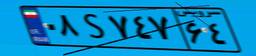
۶۰S۶۱۲۰۶